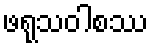
ဖရုသဝါစဿ